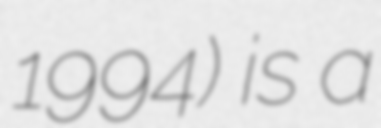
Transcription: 1994) is a